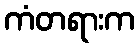
ကံတရားက